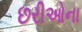
છરીઓના